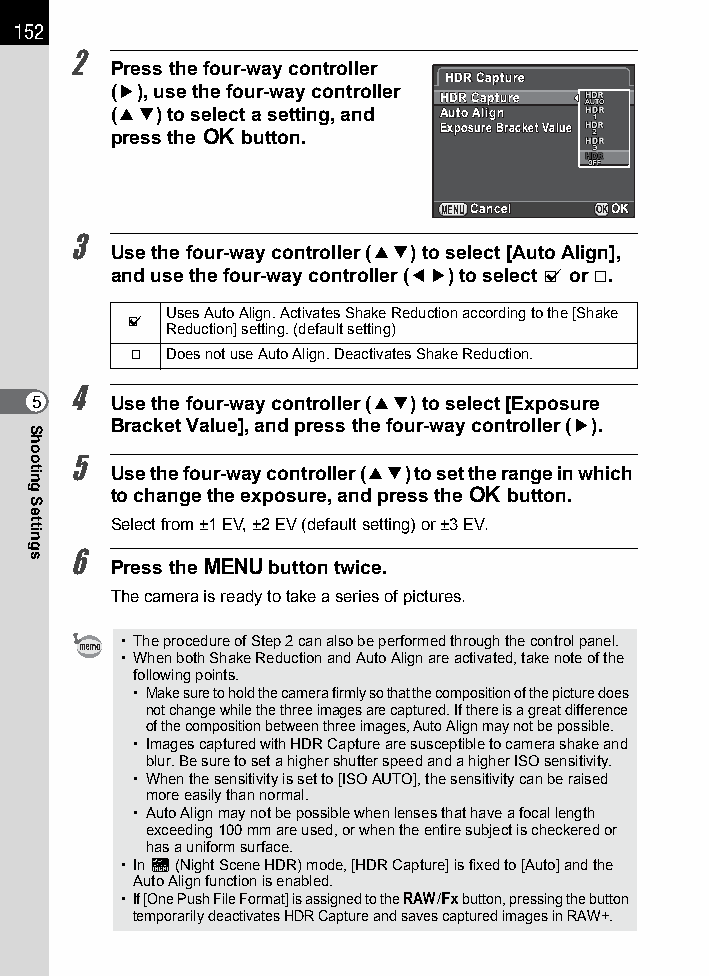
152
 2
 Press the four-way controller
 HHDDRR CCaappttuurree
 (5), use the four-way controller
 HHDDRR CCaappttuurree
 (23) to select a setting, and AAuuttoo AAlliiggnn
 EExxppoossuurree BBrraacckkeett VVaalluuee
 press the 4 button.
 MENUCCaanncceell OKOOKK
 3
 Use the four-way controller (23) to select [Auto Align],
 and use the four-way controller (45) to select O or P.
 Uses Auto Align. Activates Shake Reduction according to the [Shake
 O
 Reduction] setting. (default setting)
 P  Does not use Auto Align. Deactivates Shake Reduction.
 4
 5    Use the four-way controller (23) to select [Exposure
 Bracket Value], and press the four-way controller (5).
 5
 Use the four-way controller (23) to set the range in which
 to change the exposure, and press the 4 button.
 Select from ±1 EV, ±2 EV (default setting) or ±3 EV.
 6
 Press the 3 button twice.
 The camera is ready to take a series of pictures.
 • The procedure of Step 2 can also be performed through the control panel.
 • When both Shake Reduction and Auto Align are activated, take note of the
 following points.
 • Make sure to hold the camera firmly so that the composition of the picture does
 not change while the three images are captured. If there is a great difference
 of the composition between three images, Auto Align may not be possible.
 • Images captured with HDR Capture are susceptible to camera shake and
 blur. Be sure to set a higher shutter speed and a higher ISO sensitivity.
 • When the sensitivity is set to [ISO AUTO], the sensitivity can be raised
 more easily than normal.
 • Auto Align may not be possible when lenses that have a focal length
 exceeding 100 mm are used, or when the entire subject is checkered or
 has a uniform surface.
 • In Z (Night Scene HDR) mode, [HDR Capture] is fixed to [Auto] and the
 Auto Align function is enabled.
 • If [One Push File Format] is assigned to the V/Y button, pressing the button
 temporarily deactivates HDR Capture and saves captured images in RAW+.
 Shooting
 Settings